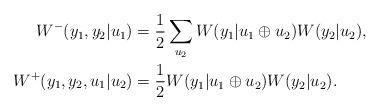
LaTeX: \begin{align*}W^-(y_1,y_2|u_1) &= \frac{1}{2} \sum_{u_2} W(y_1|u_1\oplus u_2)W(y_2|u_2),\\W^+(y_1,y_2,u_1|u_2) &= \frac{1}{2} W(y_1|u_1\oplus u_2)W(y_2|u_2).\end{align*}